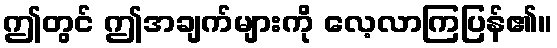
ဤတွင် ဤအချက်များကို လေ့လာကြပြန်၏။